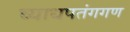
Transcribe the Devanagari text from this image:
व्याधपतंगगण